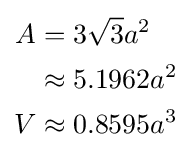
{\begin{aligned}A&=3{\sqrt {3}}a^{2}\\&\approx 5.1962a^{2}\\V&\approx 0.8595a^{3}\end{aligned}}